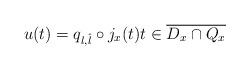
LaTeX: \begin{align*}u(t)=q_{l,\hat{l}}\circ j_x(t) t\in \overline{D_x\cap Q_x} \end{align*}